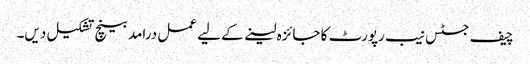
چیف جسٹس نیب رپورٹ کا جائزہ لینے کے لیے عمل درامد بینچ تشکیل دیں۔